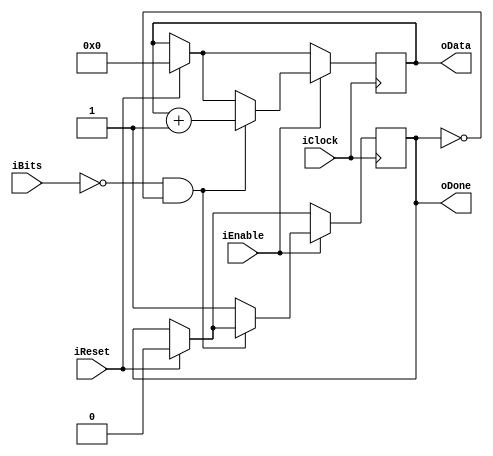
module UnaryDecoder(input iClock, 
						  input iReset, 
						  input iEnable, 
						  input iBits, 
						  output oDone, 
						  output [15:0] oData);
						  
reg done;
reg [15:0] data;

assign oDone = done;
assign oData = data;

always @(posedge iClock) begin
	if (iReset) begin
		data <= 0;
		done <= 0;
	end
	
	if (iEnable) begin
		if (iBits == 0 && ~oDone)
			data <= oData + 1;
		else
			done <= 1;
	end
end
endmodule